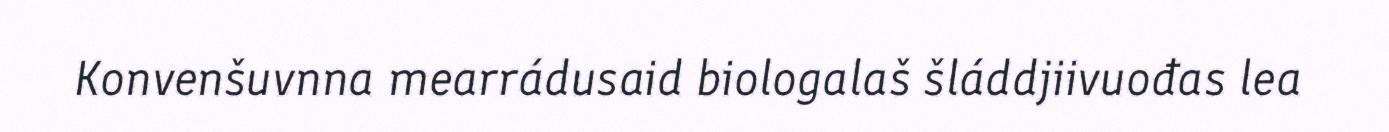
Konvenšuvnna mearrádusaid biologalaš šláddjiivuođas lea